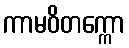
ကာမဝိတက္ကော